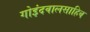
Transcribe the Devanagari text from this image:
गोइंदवालसाहिब